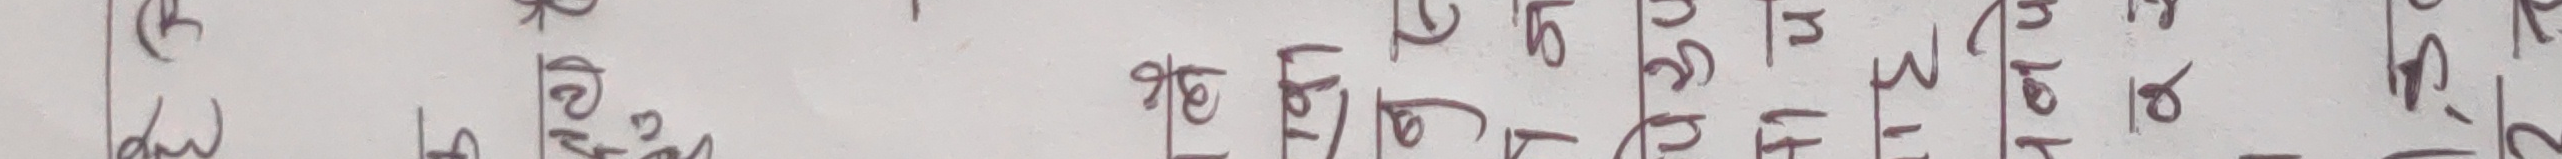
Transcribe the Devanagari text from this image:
मा  परीक्षण